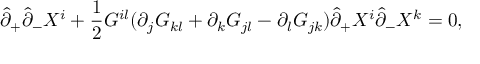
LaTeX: \hat { \partial } _ { + } \hat { \partial } _ { - } X ^ { i } + \frac { 1 } { 2 } G ^ { i l } ( \partial _ { j } G _ { k l } + \partial _ { k } G _ { j l } - \partial _ { l } G _ { j k } ) \hat { \partial } _ { + } X ^ { i } \hat { \partial } _ { - } X ^ { k } = 0 ,